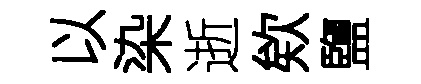
以染逝欸鹽